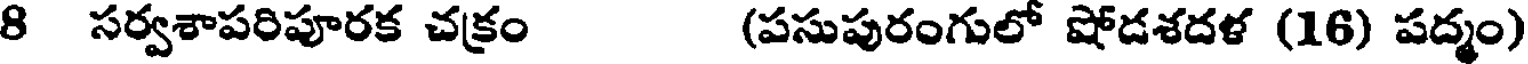
8 సర్వశాపరిపూరక చక్రం (పసుపురంగులో షోడశదళ (16) పద్మం)